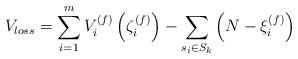
\begin{align*}V_{loss}=\sum_{i=1}^m V_i^{(f)}\left(\zeta_i^{(f)}\right)-\sum_{s_i\in S_k}\left(N-\xi_i^{(f)}\right)\end{align*}